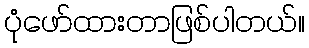
ပုံဖော်ထားတာဖြစ်ပါတယ်။